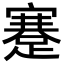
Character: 蹇